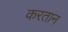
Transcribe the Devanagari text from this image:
करतान